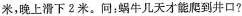
米，晚上滑下2米。问：蜗牛几天才能爬到井口?